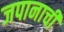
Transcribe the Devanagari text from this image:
जपानाची